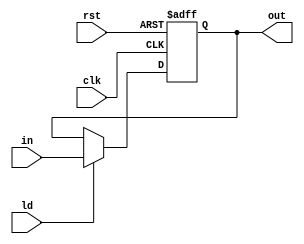
module Register #(parameter XLEN = 32)
                 (input clk,
                 input rst,
                 input ld,
                 input [XLEN - 1:0] in,
                 output reg [XLEN - 1:0] out);
    
    always @(posedge clk or posedge rst) begin
        if (rst) begin
            out <= 0;
        end
        else if (ld) begin
            out <= in;
        end
    end
            
endmodule